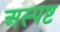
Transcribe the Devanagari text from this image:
अस्पष्ट